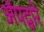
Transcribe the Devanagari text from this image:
ॲपद्वारे